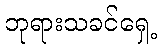
ဘုရားသခင်ရှေ့